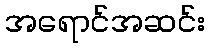
အရောင်အဆင်း